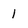
Character: 1